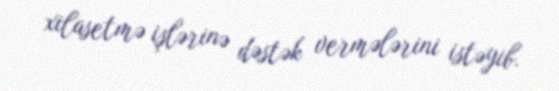
xilasetmə işlərinə dəstək vermələrini istəyib.